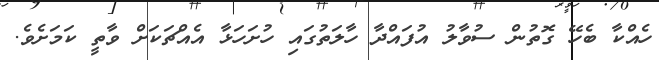
ހެއްކާ ބެހޭ ގޮތުން ސުވާލު އުފައްދާ ހާލަތުގައި ހުށަހަޅާ އެއްޗަކަށް ވާތީ ކަމަށެވެ.